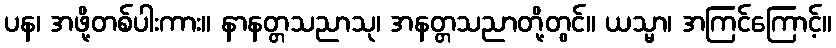
ပန၊ အဖို့တစ်ပါးကား။ နာနတ္တသညာသု၊ အနတ္တသညာတို့တွင်။ ယသ္မာ၊ အကြင်ကြောင့်။